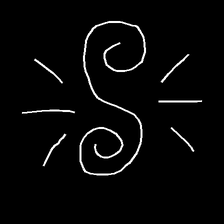
Glyph: wind-directs-air